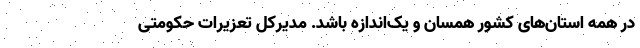
در همه استان‌های کشور همسان و یک‌اندازه باشد. مدیرکل تعزیرات حکومتی